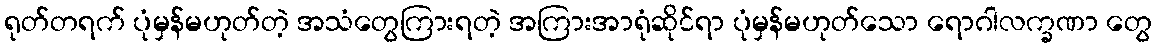
ရုတ်တရက် ပုံမှန်မဟုတ်တဲ့ အသံတွေကြားရတဲ့ အကြားအာရုံဆိုင်ရာ ပုံမှန်မဟုတ်သော ရောဂါလက္ခဏာ တွေ